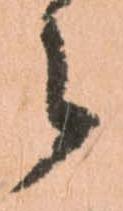
々